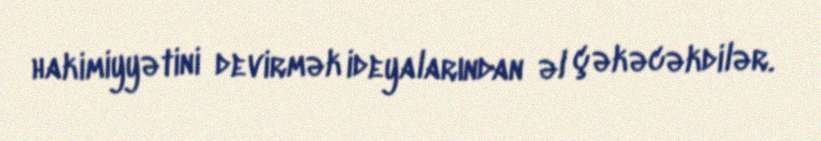
hakimiyyətini devirmək ideyalarından əl çəkəcəkdilər.